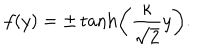
LaTeX: f ( y ) = \pm \tanh \left( \frac { \kappa } { \sqrt { 2 } } y \right) .